Civil Veterinary Dept. Bombay admin report 1914-1922 - 1914-1922
Year: 1914
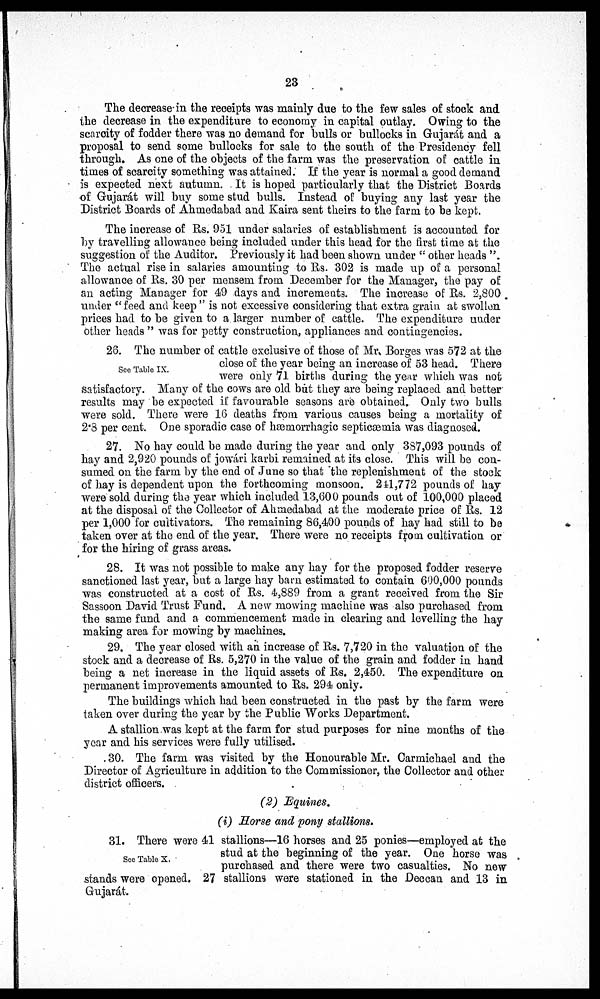
23
The decrease in the receipts was mainly due to the few sales of stock and
the decrease in the expenditure to economy in capital outlay. Owing to the
scarcity of fodder there was no demand for bulls or bullocks in Gujarát and a
proposal to send some bullocks for sale to the south of the Presidency fell
through. As one of the objects of the farm was the preservation of cattle in
times of scarcity something was attained. If the year is normal a good demand
is expected next autumn. It is hoped particularly that the District Boards
of Gujarát will buy some stud bulls. Instead of buying any last year the
District Boards of Ahmedabad and Kaira sent theirs to the farm to be kept.
The increase of Rs. 951 under salaries of establishment is accounted for
by travelling allowance being included under this head for the first time at the
suggestion of the Auditor. Previously it had been shown under " other heads ".
The actual rise in salaries amounting to Rs. 302 is made up of a personal
allowance of Rs. 30 per mensem from December for the Manager, the pay of
an acting Manager for 49 days and increments. The increase of Rs. 2,800
under "feed and keep" is not excessive considering that extra grain at swollen
prices had to be given to a larger number of cattle. The expenditure under
other heads " was for petty construction, appliances and contingencies.
See Table IX.
26. The number of cattle exclusive of those of Mr. Borges was 572 at the
close of the year being an increase of 53 head. There
were only 71 births during the year which was not
satisfactory. Many of the cows are old but they are being replaced and better
results may be expected if favourable seasons are obtained. Only two bulls
were sold. There were 16 deaths from various causes being a mortality of
2.8 per cent. One sporadic case of hæmorrhagic septicæmia was diagnosed.
27. No hay could be made during the year and only 387,093 pounds of
hay and 2,920 pounds of jowári karbi remained at its close. This will be con-
sumed on the farm by the end of June so that the replenishment of the stock
of hay is dependent upon the forthcoming monsoon. 241,772 pounds of hay
were sold during the year which included 13,600 pounds out of 100,000 placed
at the disposal of the Collector of Ahmedabad at the moderate price of Rs. 12
per 1,000 for cultivators. The remaining 86,400 pounds of hay had still to be
taken over at the end of the year. There were no receipts from cultivation or
for the hiring of grass areas.
28. It was not possible to make any hay for the proposed fodder reserve
sanctioned last year, but a large hay barn estimated to contain 600,000 pounds
was constructed at a cost of Rs. 4,889 from a grant received from the Sir
Sassoon David Trust Fund. A new mowing machine was also purchased from
the same fund and a commencement made in clearing and levelling the hay
making area for mowing by machines.
29. The year closed with an increase of Rs. 7,720 in the valuation of the
stock and a decrease of Rs. 5,270 in the value of the grain and fodder in hand
being a net increase in the liquid assets of Rs. 2,450. The expenditure on
permanent improvements amounted to Rs. 294 only.
The buildings which had been constructed in the past by the farm were
taken over during the year by the Public Works Department.
A stallion was kept at the farm for stud purposes for nine months of the
year and his services were fully utilised.
30. The farm was visited by the Honourable Mr. Carmichael and the
Director of Agriculture in addition to the Commissioner, the Collector and other
district officers.
(2) Equines.
(i) Horse and pony stallions.
See Table X.
31. There were 41 stallions—16 horses and 25 ponies—employed at the
stud at the beginning of the year. One horse was
purchased and there were two casualties. No new
stands were opened. 27 stallions were stationed in the Deccan and 13 in
Gujarát.